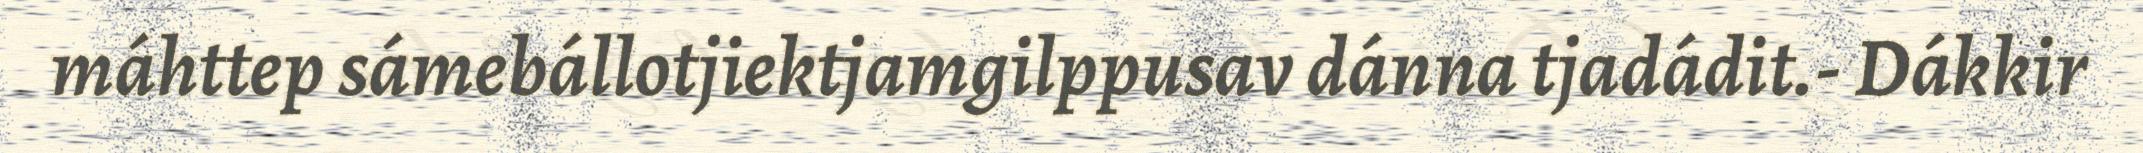
máhttep sámebállotjiektjamgilppusav dánna tjadádit.- Dákkir